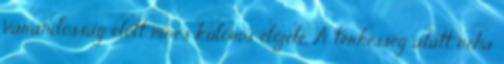
várandósság előtt nincs különös előjele. A terhesség alatt néha